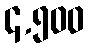
၄,၅၀၀